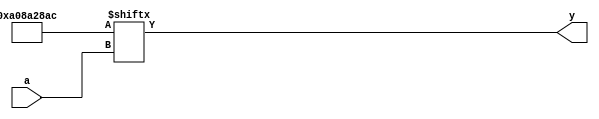
module uut_forgen01(a, y);

input [4:0] a;
output y;

integer i, j;
reg [31:0] lut;

initial begin
	for (i = 0; i < 32; i = i+1) begin
		lut[i] = i > 1;
		for (j = 2; j*j <= i; j = j+1)
			if (i % j == 0)
				lut[i] = 0;
	end
end

assign y = lut[a];

endmodule